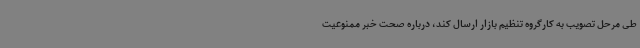
طی مرحل تصویب به کارگروه تنظیم بازار ارسال کند، درباره صحت خبر ممنوعیت